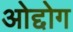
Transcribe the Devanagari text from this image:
ओद्दोग